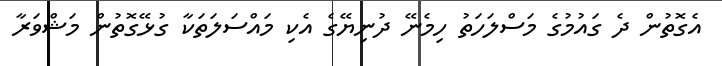
އެގޮތުން ދެ ގައުމުގެ މަސްލަހަތު ހިމެނޭ ދުނިޔޭގެ އެކި މައްސަލަތަކާ ގުޅޭގޮތުން މަޝްވަރާ